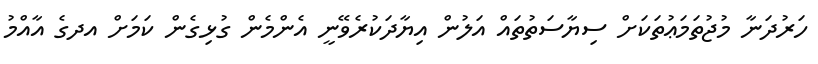
ހަރުދަނާ މުޖުތަމަޢުތަކަށް ސިޔާސަތުތައް އަލުން އިޔާދަކުރެވޭނީ އެންމެން ގުޅިގެން ކަމަށް އދގެ އާއްމު